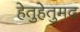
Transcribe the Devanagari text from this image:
हेतुहेतुमद